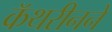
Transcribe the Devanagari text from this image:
कॅथरीनने